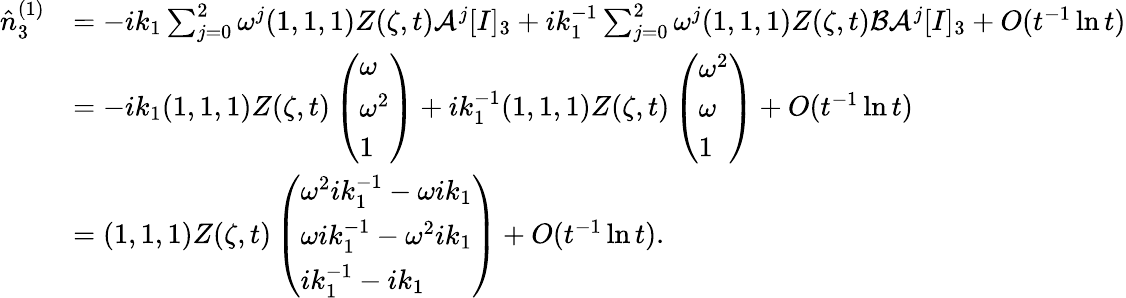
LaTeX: \begin{array}{rl}{\hat{n}_{3}^{(1)}}&{=-ik_{1}\sum_{j=0}^{2}\omega^{j}(1,1,1)Z(\zeta,t)\mathcal{A}^{j}[I]_{3}+ik_{1}^{-1}\sum_{j=0}^{2}\omega^{j}(1,1,1)Z(\zeta,t)\mathcal{B}\mathcal{A}^{j}[I]_{3}+O(t^{-1}\ln t)}\\ &{=-ik_{1}(1,1,1)Z(\zeta,t)\left(\begin{array}{l}{\omega}\\ {\omega^{2}}\\ {1}\end{array}\right)+ik_{1}^{-1}(1,1,1)Z(\zeta,t)\left(\begin{array}{l}{\omega^{2}}\\ {\omega}\\ {1}\end{array}\right)+O(t^{-1}\ln t)}\\ &{=(1,1,1)Z(\zeta,t)\left(\begin{array}{l}{\omega^{2}ik_{1}^{-1}-\omega ik_{1}}\\ {\omega ik_{1}^{-1}-\omega^{2}ik_{1}}\\ {ik_{1}^{-1}-ik_{1}}\end{array}\right)+O(t^{-1}\ln t).}\end{array}